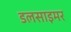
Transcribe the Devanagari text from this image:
डलसाइमर